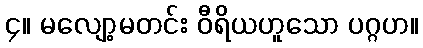
၄။ မလျော့မတင်း ဝီရိယဟူသော ပဂ္ဂဟ။